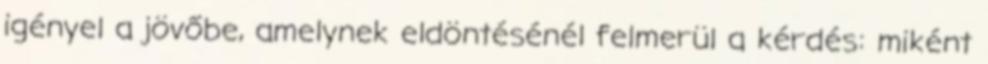
igényel a jövőbe, amelynek eldöntésénél felmerül a kérdés: miként